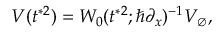
V ( t ^ { * 2 } ) = W _ { 0 } ( t ^ { * 2 } ; \hbar \partial _ { x } ) ^ { - 1 } V _ { \emptyset } ,